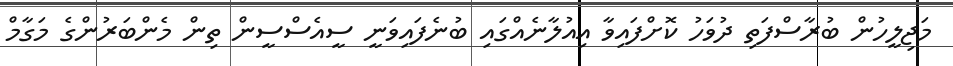
މަޖިލީހުން ބުރާސްފަތި ދުވަހު ކޮށްފައިވާ އިއުލާނެއްގައި ބުނެފައިވަނީ ސީއެސްސީން ތިން މެންބަރުންގެ މަގާމް